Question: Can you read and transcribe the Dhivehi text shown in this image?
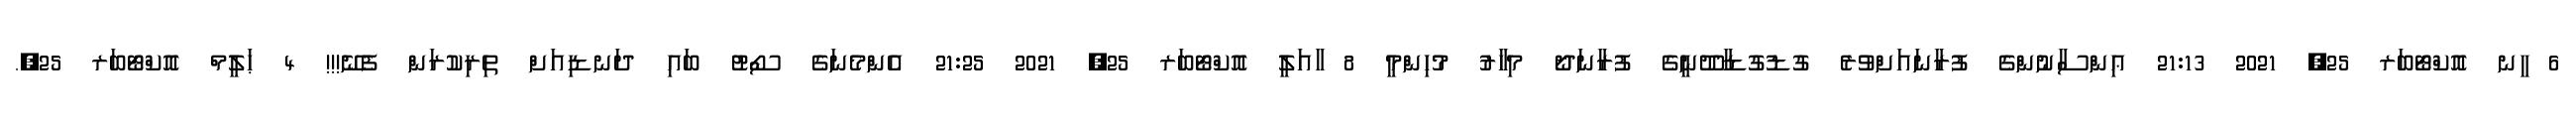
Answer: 6 ީނ އޮކްޓޯބަރ 25, 2021 21:13 ޢިންސާނުންގެ ފުރާނައަށްވުރެ ގުޑުގުޑާދޫނީގެ ފުރާނަދޯ މިހާރު މުހިންމީ 8 ާއަލީ އޮކްޓޯބަރ 25, 2021 21:25 އެންމެނަގެ ސޯޓު ބައި ދަނޑިއަށް ތިރިކުރަން ފެނޭ!!! 4 ޙަލީމް އޮކްޓޯބަރ 25,.